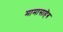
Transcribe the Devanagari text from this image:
मामासाहॆब